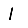
Digit: 1